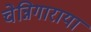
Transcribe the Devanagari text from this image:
चेन्निगाराया